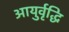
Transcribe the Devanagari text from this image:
आयुर्वृद्धि